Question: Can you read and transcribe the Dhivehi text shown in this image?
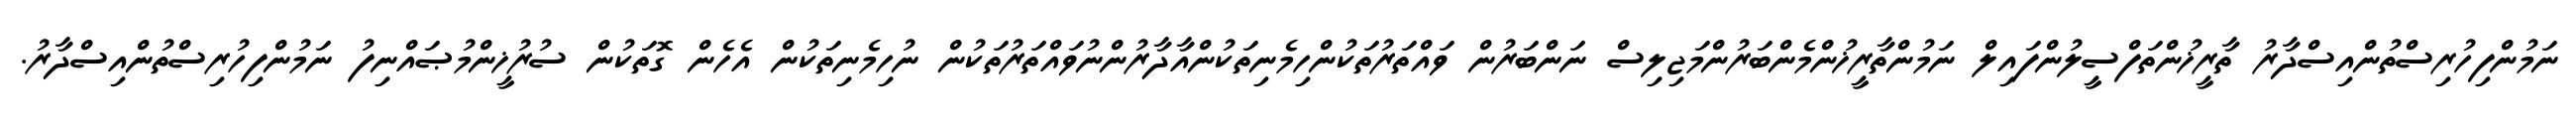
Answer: ނަމުންފިހުރިސްތުންއިސްދާރު ތާރީޚުންތަފްސީލުންފައިލް ނަމުންތާރީޚުންމެންބަރުންމަޖިލިސް ނަންބަރުން ވައްތަރުތަކުންހިމެނިތަކުންއާދާރުންނުވައްތަރުތަކުން ނުހިމެނިތަކުން އެހެން ގޮތަކުން ސުރުޚީންމުޞައްނިފު ނަމުންފިހުރިސްތުންއިސްދާރު.